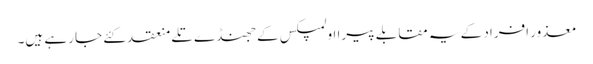
معذور افراد کے یہ مقابلے پیرا اولمپکس کے جھنڈے تلے منعقد کئے جا رہے ہیں۔